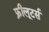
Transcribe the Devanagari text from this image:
फ्रीलूटर्स